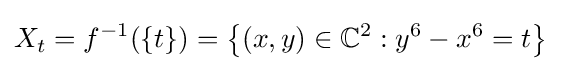
X_{t}=f^{-1}(\{t\})=\left\{(x,y)\in \mathbb {C} ^{2}:y^{6}-x^{6}=t\right\}